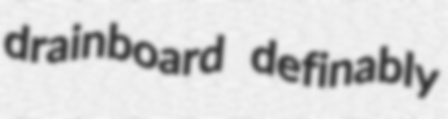
drainboard definably